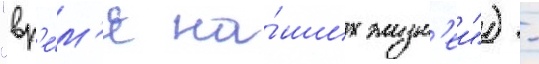
"вр'е́м'я на́ших жизн'еи") -